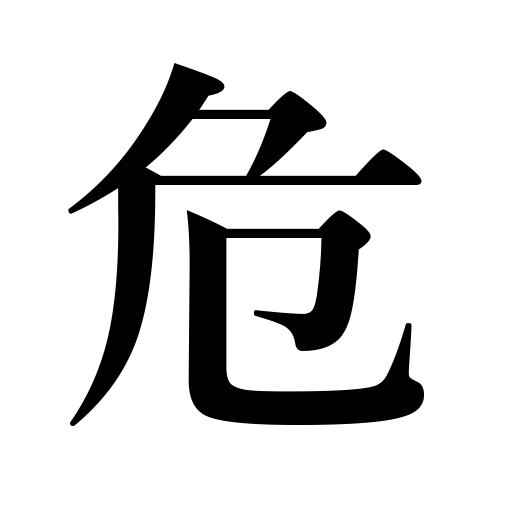
Meanings: unreliable,close,grave,have misgivings,narrow,limping,uncertain,fear,feel uneasy about,be afraid of,be doubtful,dangerous,watch out,shrink from,mistrust,critical